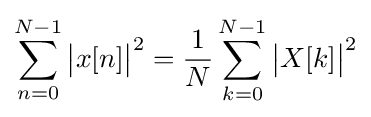
\sum _{n=0}^{N-1}{\bigl |}x[n]{\bigr |}^{2}={\frac {1}{N}}\sum _{k=0}^{N-1}{\bigl |}X[k]{\bigr |}^{2}